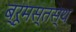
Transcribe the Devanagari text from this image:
ब्रूमस्तस्थ